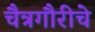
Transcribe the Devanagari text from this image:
चैत्रगौरीचे